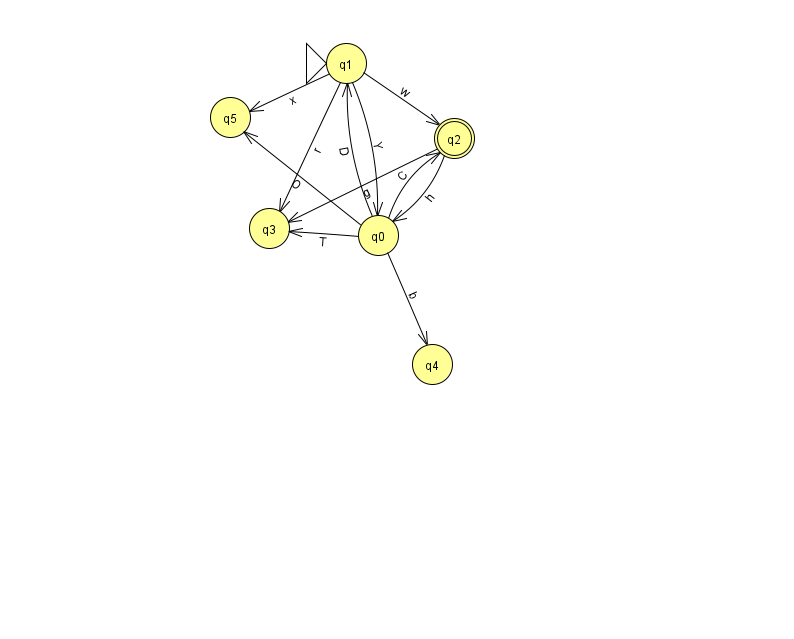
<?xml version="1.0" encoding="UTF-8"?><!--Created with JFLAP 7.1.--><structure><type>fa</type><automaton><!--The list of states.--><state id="0" name="q0"><x>378.0</x><y>222.0</y></state><state id="1" name="q1"><x>346.0</x><y>50.0</y><initial/></state><state id="2" name="q2"><x>454.0</x><y>125.0</y><final/></state><state id="3" name="q3"><x>269.0</x><y>215.0</y></state><state id="4" name="q4"><x>432.0</x><y>351.0</y></state><state id="5" name="q5"><x>230.0</x><y>104.0</y></state><!--The list of transitions.--><transition><from>1</from><to>5</to><read>x</read></transition><transition><from>0</from><to>2</to><read>C</read></transition><transition><from>0</from><to>3</to><read>T</read></transition><transition><from>1</from><to>0</to><read>Y</read></transition><transition><from>2</from><to>3</to><read>g</read></transition><transition><from>0</from><to>1</to><read>D</read></transition><transition><from>2</from><to>0</to><read>h</read></transition><transition><from>0</from><to>5</to><read>O</read></transition><transition><from>1</from><to>2</to><read>w</read></transition><transition><from>0</from><to>4</to><read>b</read></transition><transition><from>1</from><to>3</to><read>r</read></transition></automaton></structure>